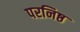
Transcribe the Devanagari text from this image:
परनिष्ठ